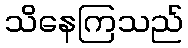
သိနေကြသည်